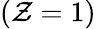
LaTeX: (\mathcal{Z}=1)